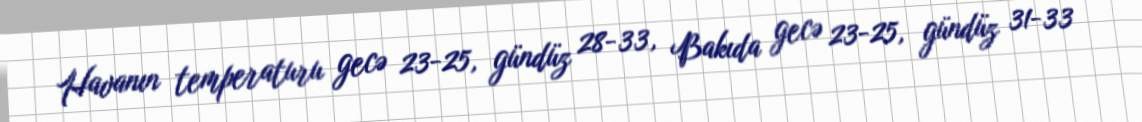
Havanın temperaturu gecə 23-25, gündüz 28-33, Bakıda gecə 23-25, gündüz 31-33